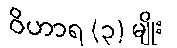
ဝိဟာရ (၃) မျိုး